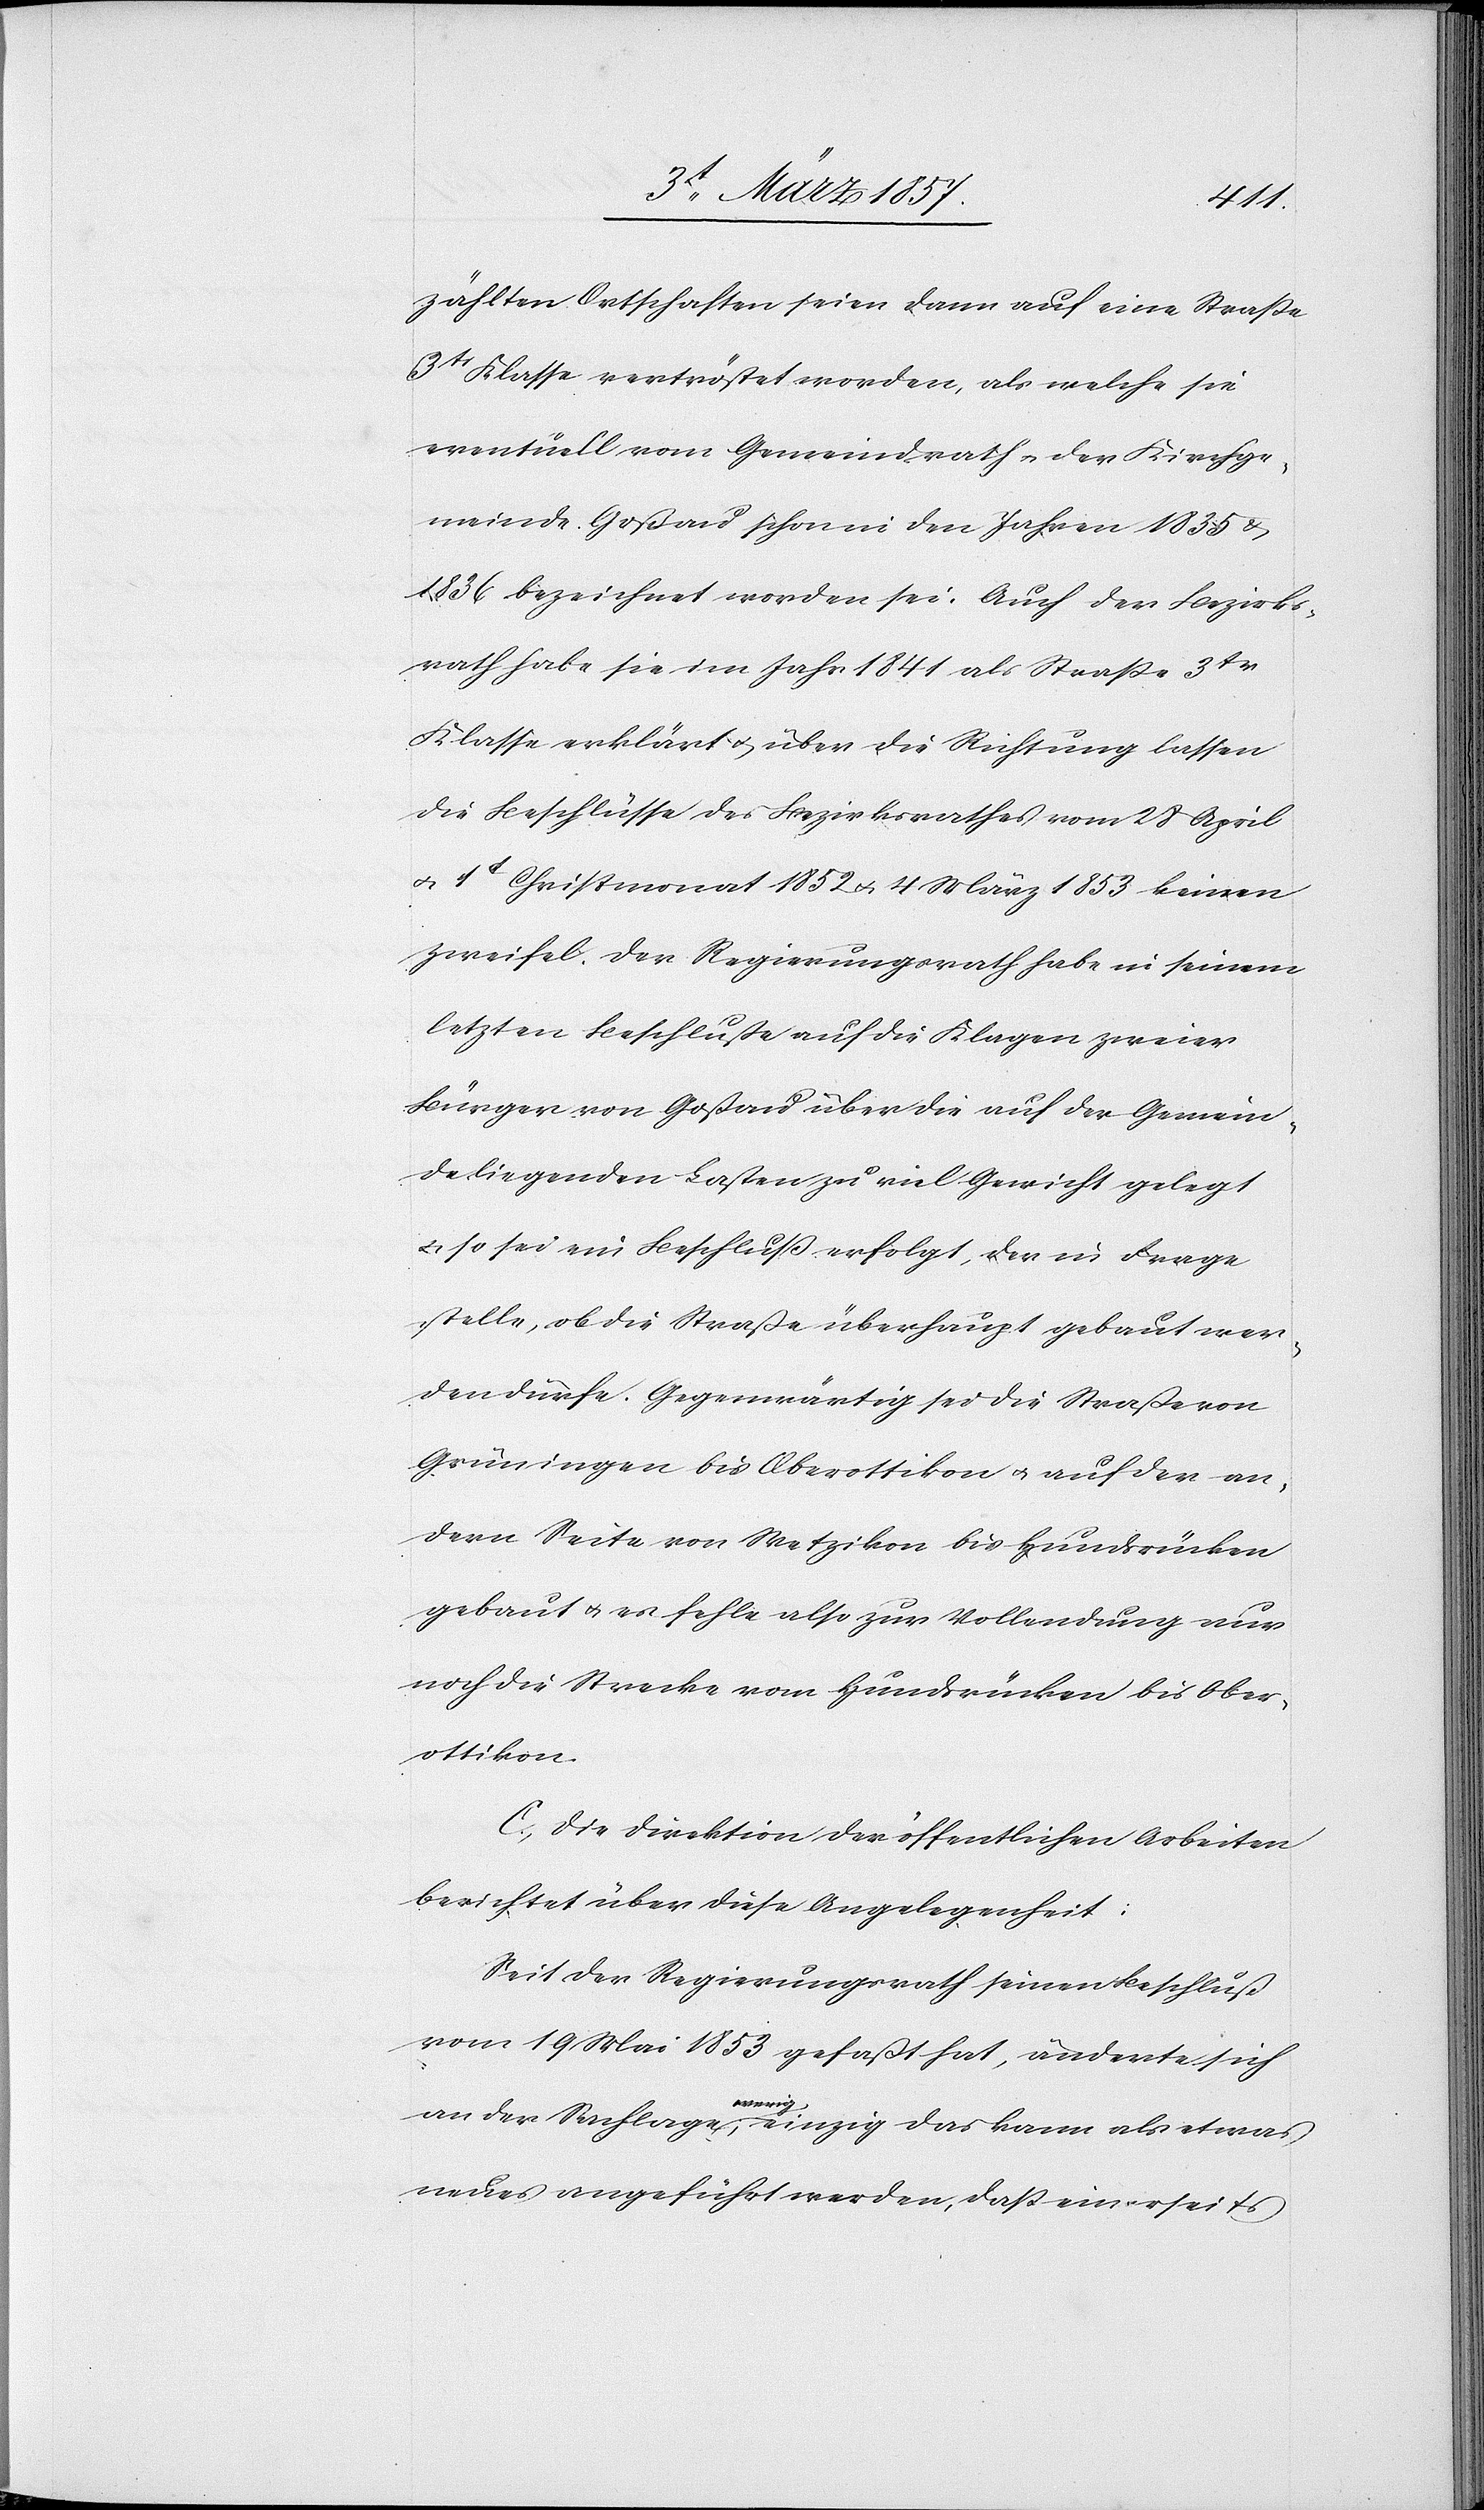
zählten Ortschaften seien dann auf eine Straße
3tr Klasse vertröstet worden, als welche sie
eventuell vom Gemeindrath u. der Kirchge¬
meinde Goßau schon in den Jahren 1835 u.
1836 bezeichnet worden sei. Auch der Bezirks¬
rath habe sie im Jahr 1841 als Straße 3tr
Klasse erklärt u. über die Richtung lassen
die Beschlüsse des Bezirksrathes vom 28 April
u. 1t Christmonat 1852 u. 4 März 1853 keinen
Zweifel. Der Regierungsrath habe in seinem
letzten Beschluße auf die Klagen zweier
Bürger von Goßau über die auf der Gemein¬
de liegenden Lasten zu viel Gewicht gelegt
u. so sei ein Beschluß erfolgt, der in Frage
stelle, ob die Straße überhaupt gebaute wer¬
den dürfe. Gegenwärtig sei die Straße von
Grüningen bis Oberottikon u. auf der an¬
dern Seite von Wetzikon bis Hundsrücken
gebaut u. es fehle also zur Vollendung nur
noch die Strecke vom Hundsrücken bis Ober¬
ottikon.
C. Die Direktion der öffentlichen Arbeiten
berichtet über diese Angelegenheit:
Seit der Regierungsrath seinen Beschluß
vom 19 Mai 1853 gefaßt hat, änderte sich
an der Sachlage wenig; einzig das kann als etwas
neues angeführt werden, daß einerseits